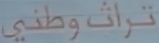
تراث وطني